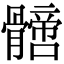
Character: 𩪙